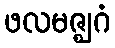
ဖလမဇ္ဈဂံ